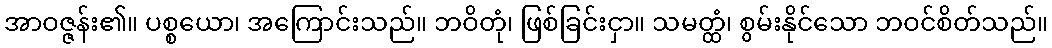
အာဝဇ္ဇန်း၏။ ပစ္စယော၊ အကြောင်းသည်။ ဘဝိတုံ၊ ဖြစ်ခြင်းငှာ။ သမတ္ထံ၊ စွမ်းနိုင်သော ဘဝင်စိတ်သည်။